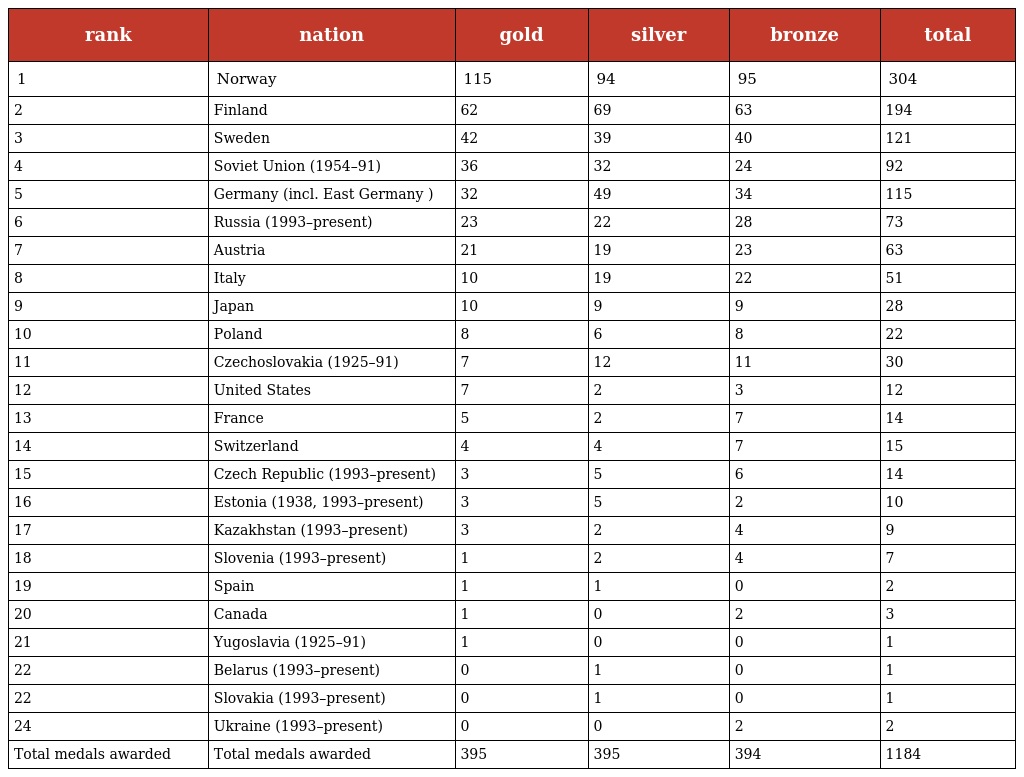
| rank | nation | gold | silver | bronze | total |
 | --- | --- | --- | --- | --- | --- |
 | 1 | Norway | 115 | 94 | 95 | 304 |
 | 2 | Finland | 62 | 69 | 63 | 194 |
 | 3 | Sweden | 42 | 39 | 40 | 121 |
 | 4 | Soviet Union (1954–91) | 36 | 32 | 24 | 92 |
 | 5 | Germany (incl. East Germany ) | 32 | 49 | 34 | 115 |
 | 6 | Russia (1993–present) | 23 | 22 | 28 | 73 |
 | 7 | Austria | 21 | 19 | 23 | 63 |
 | 8 | Italy | 10 | 19 | 22 | 51 |
 | 9 | Japan | 10 | 9 | 9 | 28 |
 | 10 | Poland | 8 | 6 | 8 | 22 |
 | 11 | Czechoslovakia (1925–91) | 7 | 12 | 11 | 30 |
 | 12 | United States | 7 | 2 | 3 | 12 |
 | 13 | France | 5 | 2 | 7 | 14 |
 | 14 | Switzerland | 4 | 4 | 7 | 15 |
 | 15 | Czech Republic (1993–present) | 3 | 5 | 6 | 14 |
 | 16 | Estonia (1938, 1993–present) | 3 | 5 | 2 | 10 |
 | 17 | Kazakhstan (1993–present) | 3 | 2 | 4 | 9 |
 | 18 | Slovenia (1993–present) | 1 | 2 | 4 | 7 |
 | 19 | Spain | 1 | 1 | 0 | 2 |
 | 20 | Canada | 1 | 0 | 2 | 3 |
 | 21 | Yugoslavia (1925–91) | 1 | 0 | 0 | 1 |
 | 22 | Belarus (1993–present) | 0 | 1 | 0 | 1 |
 | 22 | Slovakia (1993–present) | 0 | 1 | 0 | 1 |
 | 24 | Ukraine (1993–present) | 0 | 0 | 2 | 2 |
 | Total medals awarded | Total medals awarded | 395 | 395 | 394 | 1184 |